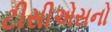
ટીસીએસનો